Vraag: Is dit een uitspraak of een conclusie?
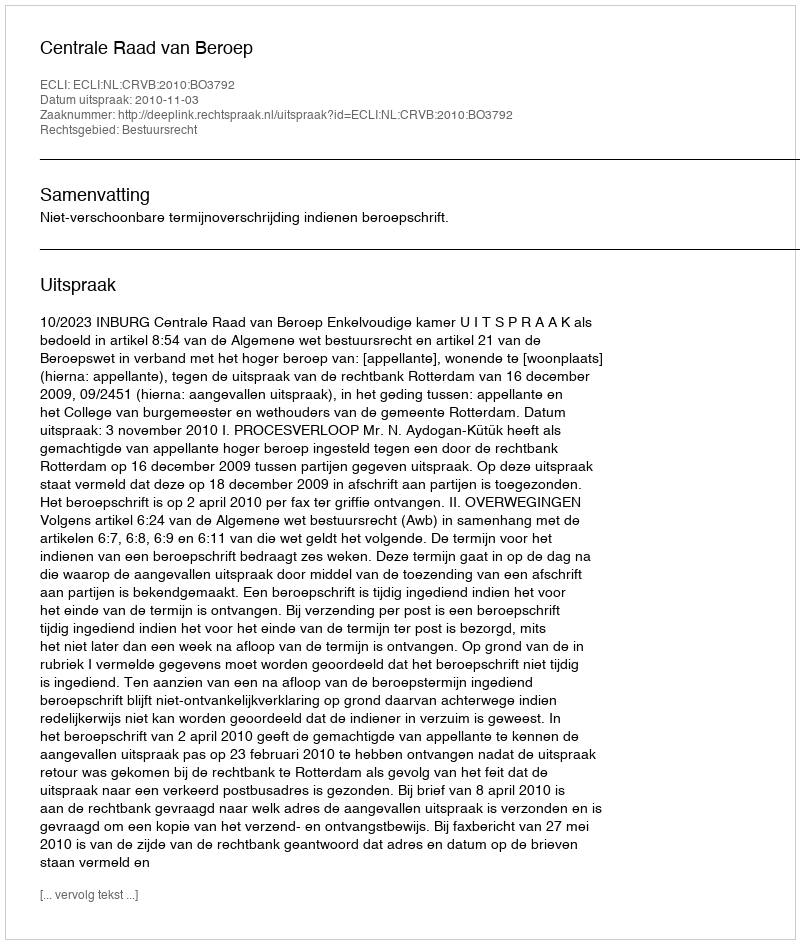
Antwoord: Uitspraak